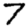
Digit: 7